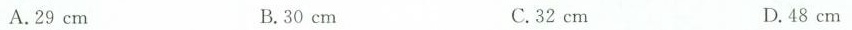
A.29cm B.30cm C.32cm D.48cm